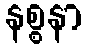
နစ္စနာ